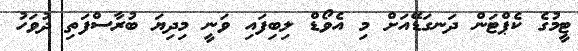
ޓީމުގެ ކެޕްޓަން ދަނގަޑޭއަށް މި އެވޯޑް ލިބިފައި ވަނީ މިދިޔަ ބުރާސްފަތި ދުވަހު